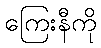
ကြေးနီကို